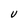
Character: U